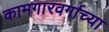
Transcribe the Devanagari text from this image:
कामगारवर्गाच्या